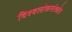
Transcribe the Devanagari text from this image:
विश्वलोकसंख्येत